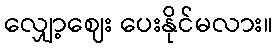
လျှော့ဈေး ပေးနိုင်မလား။